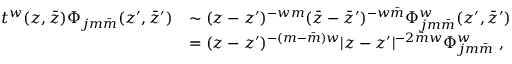
\begin{array} { c l } { { t ^ { w } ( z , \bar { z } ) \Phi _ { j m \bar { m } } ( z ^ { \prime } , \bar { z } ^ { \prime } ) } } & { { \sim ( z - z ^ { \prime } ) ^ { - w m } ( \bar { z } - \bar { z } ^ { \prime } ) ^ { - w \bar { m } } \Phi _ { j m \bar { m } } ^ { w } ( z ^ { \prime } , \bar { z } ^ { \prime } ) } } \\ { { } } & { { = ( z - z ^ { \prime } ) ^ { - ( m - \bar { m } ) w } | z - z ^ { \prime } | ^ { - 2 \bar { m } w } \Phi _ { j m \bar { m } } ^ { w } ~ , } } \end{array}